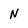
Character: N